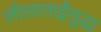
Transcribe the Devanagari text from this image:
लीलाताईंसुद्धा